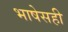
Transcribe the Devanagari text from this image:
भाषेसही